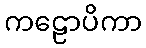
ကဠောပိကာ